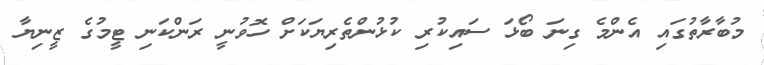
މުބާރާތުގައި އެންމެ ގިނަ ބޯޅަ ސައިކުރި ކުޅުންތެރިޔަކަށް ހޮވުނީ ރަންކަނި ޓީމުގެ ޒީނިޔާ